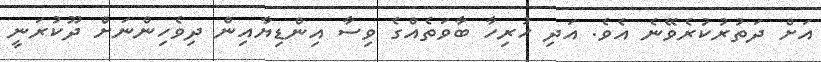
އަށް ދަތުރުކުރެވޭނެ އެވެ. އަދި ހުރިހާ ބާވަތެއްގެ ވިސާ އިންޑިޔާއިން ދިވެހިންނަށް ދޫކުރަނީ